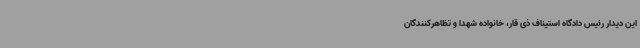
این دیدار رئیس دادگاه استیناف ذی قار، خانواده شهدا و تظاهرکنندگان